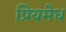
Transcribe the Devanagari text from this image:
प्रियमेध